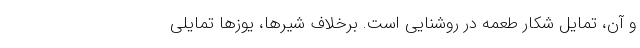
و آن، تمایل شکارِ طعمه در روشنایی است. برخلاف شیرها، یوزها تمایلی